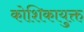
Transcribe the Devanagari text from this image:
कोशिकायुक्त